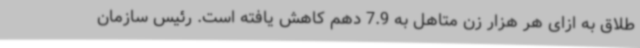
طلاق به ازای هر هزار زن متاهل به 7.9 دهم کاهش یافته است. رئیس سازمان